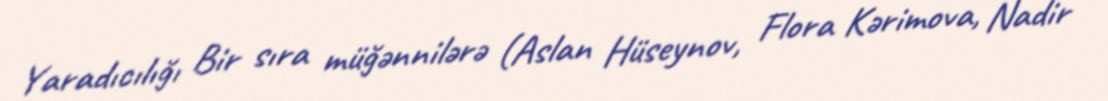
Yaradıcılığı Bir sıra müğənnilərə (Aslan Hüseynov, Flora Kərimova, Nadir